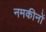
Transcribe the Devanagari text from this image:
नमकीनों